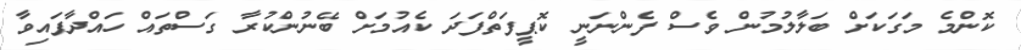
ކޮންމެ މަގަކަށް ބަލާލުމުން ވެސް ފެންނަނީ ކޮޕީފަތްފަދަ ކެއުމަށް ބޭނުންކުރާ ގަސްތައް ހައްދާފައިވާ